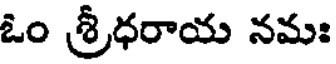
ఓం శ్రీధరాయ నమః